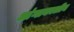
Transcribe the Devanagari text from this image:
आंग्लकालीन